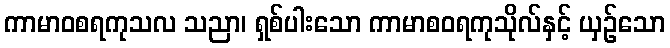
ကာမာဝစရကုသလ သညာ၊ ရှစ်ပါးသော ကာမာစဝရကုသိုလ်နှင့် ယှဉ်သော